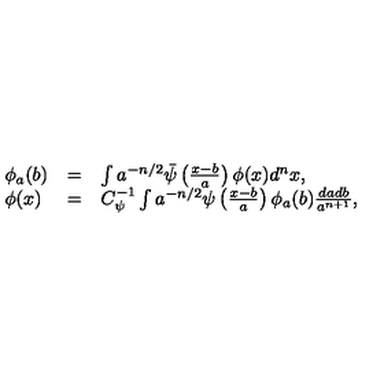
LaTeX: \begin{array} { l c l } { \phi _ { a } ( b ) } & { = } & { \int a ^ { - n / 2 } \bar { \psi } \left( \frac { x - b } { a } \right) \phi ( x ) d ^ { n } x , } \\ { \phi ( x ) } & { = } & { C _ { \psi } ^ { - 1 } \int a ^ { - n / 2 } \psi \left( \frac { x - b } { a } \right) \phi _ { a } ( b ) \frac { d a d b } { a ^ { n + 1 } } , } \\ \end{array}